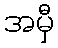
အမှီ